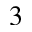
^ 3